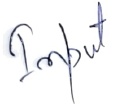
Text: Input